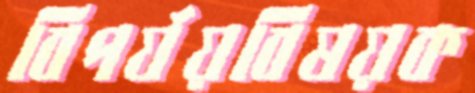
বিপর্যয়বিষয়ক